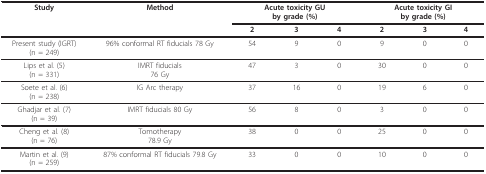
| Study | Method | <COLSPAN=3> Acute toxicity GUby grade (%) | <COLSPAN=3> Acute toxicity GIby grade (%) |
 |  |  | 2 | 3 | 4 | 2 | 3 | 4 |
 | --- | --- | --- | --- | --- | --- | --- | --- |
 | Present study (IGRT)(n = 249) | 96% conformal RT fiducials 78 Gy | 54 | 9 | 0 | 9 | 0 | 0 |
 | Lips et al. (5)(n = 331) | IMRT fiducials76 Gy | 47 | 3 | 0 | 30 | 0 | 0 |
 | Soete et al. (6)(n = 238) | IG Arc therapy | 37 | 16 | 0 | 19 | 6 | 0 |
 | Ghadjar et al. (7)(n = 39) | IMRT fiducials 80 Gy | 56 | 8 | 0 | 3 | 0 | 0 |
 | Cheng et al. (8)(n = 76) | Tomotherapy78.9 Gy | 38 | 0 | 0 | 25 | 0 | 0 |
 | Martin et al. (9)(n = 259) | 87% conformal RT fiducials 79.8 Gy | 33 | 0 | 0 | 10 | 0 | 0 |